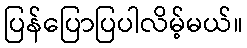
ပြန်ပြောပြပါလိမ့်မယ်။